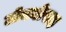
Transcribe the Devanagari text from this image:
टोक्योसह